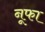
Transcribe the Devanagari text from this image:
नूफा